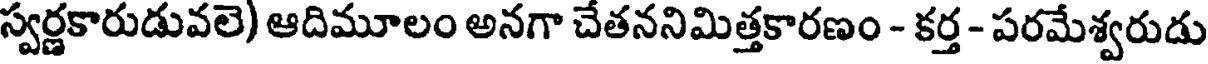
స్వర్ణకారుడువలె) ఆదిమూలం అనగా చేతననిమిత్తకారణం - కర్త - పరమేశ్వరుడు